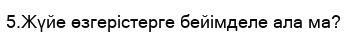
5.Жүйе өзгерістерге бейімделе ала ма?